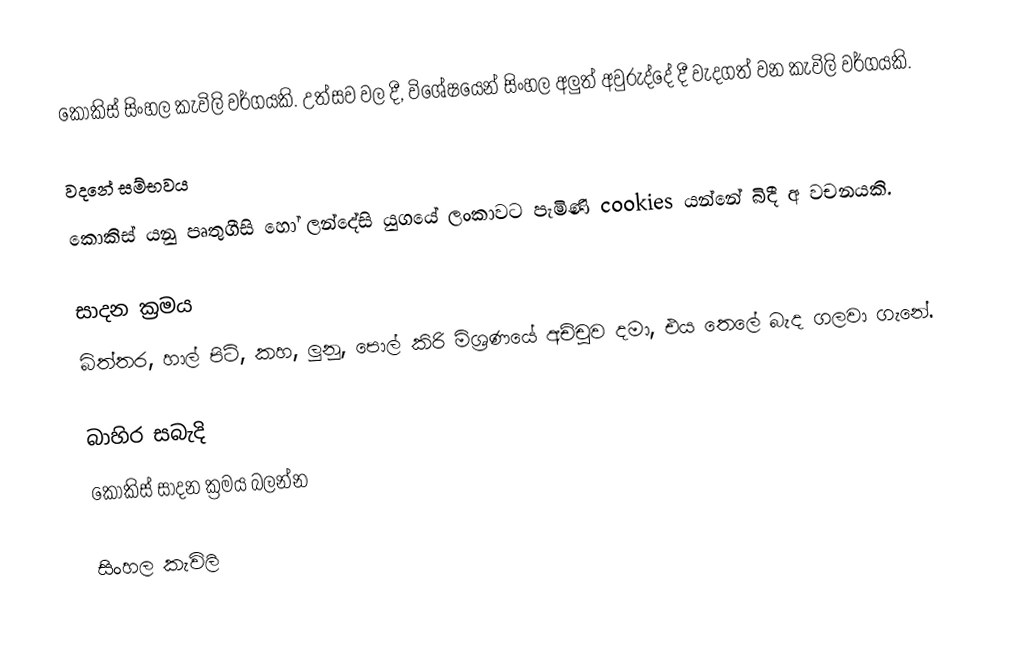
කොකිස් සිංහල කැවිලි වර්ගයකි. උත්සව වල දී, විශේෂයෙන් සිංහල අලුත් අවුරුද්දේ දී වැදගත් වන කැවිලි වර්ගයකි.

වදනේ සම්භවය
කොකිස් යනු පෘතුගීසි හෝ ලන්දේසි යුගයේ ලංකාවට පැමිණි cookies යන්නේ  බිදී අ වචනයකි.

සාදන ක්‍රමය
බිත්තර, හාල් පිටි, කහ, ලුනු, පොල් කිරි මිශ්‍රණයේ අච්චුව දමා, එය තෙලේ බැද ගලවා ගැනේ.

බාහිර සබැදි
කොකිස් සාදන ක්‍රමය බලන්න

සිංහල ‍කැවිලි